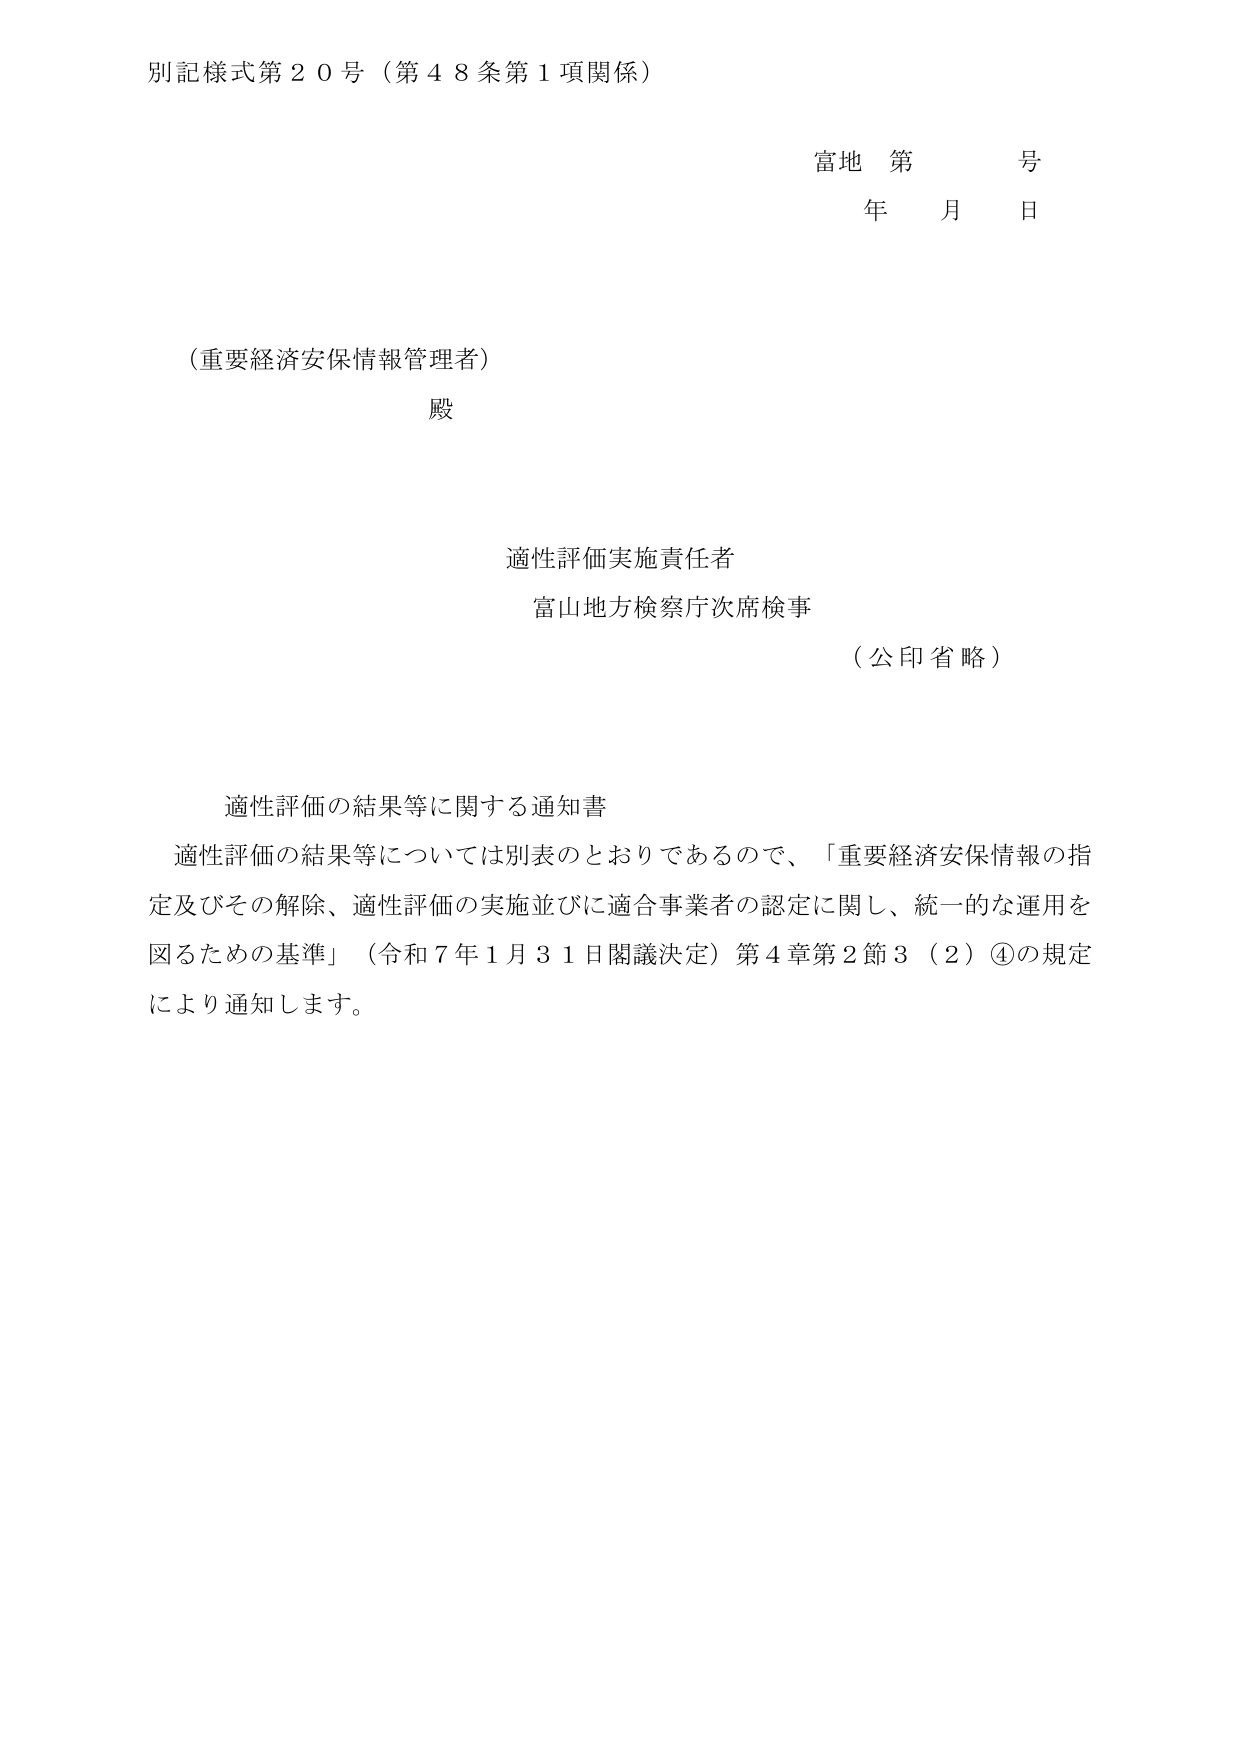
別記様式第２０号（第４８条第１項関係）

富地 第 号
年 月 日

（重要経済安保情報管理者）
殿

適性評価実施責任者
富山地方検察庁次席検事
（公印省略）

適性評価の結果等に関する通知書
適性評価の結果等については別表のとおりであるので、「重要経済安保情報の指定及びその解除、適性評価の実施並びに適合事業者の認定に関し、統一的な運用を図るための基準」（令和７年１月３１日閣議決定）第４章第２節３（２）④の規定により通知します。